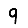
Digit: 9